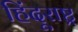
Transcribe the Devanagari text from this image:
हिंदूराष्ट्र